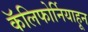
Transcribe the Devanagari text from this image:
कॅलिफोर्नियाहून